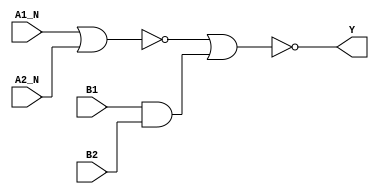
module sky130_fd_sc_ls__a2bb2oi_7 (
    Y   ,
    A1_N,
    A2_N,
    B1  ,
    B2
);
    output Y   ;
    input  A1_N;
    input  A2_N;
    input  B1  ;
    input  B2  ;
    wire and0_out  ;
    wire nor0_out  ;
    wire nor1_out_Y;
    and and0 (and0_out  , B1, B2            );
    nor nor0 (nor0_out  , A1_N, A2_N        );
    nor nor1 (nor1_out_Y, nor0_out, and0_out);
    buf buf0 (Y         , nor1_out_Y        );
endmodule